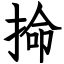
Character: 掵